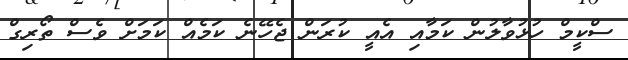
ސްކީމް ހުޅުވާލުން ކަމާއި އެއީ ކުރަން ޖެހޭނެ ކަމެއް ކަމަށް ވެސް ތޯރިގް